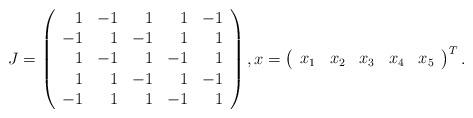
LaTeX: \begin{align*} J = \left(\begin{array}{rrrrr} 1 & -1 & 1 & 1 & -1\\ -1 & 1 & -1 & 1 & 1\\ 1 & -1 & 1 & -1 & 1\\ 1 & 1 & -1 & 1 & -1\\ -1 & 1 & 1 & -1 & 1 \end{array}\right), x = \left( \begin{array}{ccccc} x_1 & x_2 & x_3 & x_4 & x_5 \end{array} \right)^T.\end{align*}